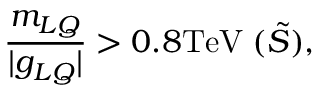
\frac { m _ { L Q } } { | g _ { L Q } | } > 0 . 8 \mathrm { T e V } \; ( \tilde { S } ) , \;